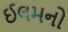
ઈલમનો